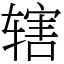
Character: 辖